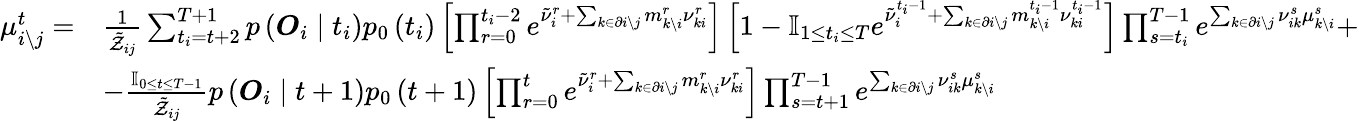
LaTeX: \begin{array}{rl}{\mu_{i\backslash j}^{t}=}&{\frac{1}{\tilde{\mathcal{Z}}_{ij}}\sum_{t_{i}=t+2}^{T+1}p\left(\boldsymbol{O}_{i}\mid t_{i}\right)p_{0}\left(t_{i}\right)\left[\prod_{r=0}^{t_{i}-2}e^{\tilde{\nu}_{i}^{r}+\sum_{k\in\partial i\setminus j}m_{k\setminus i}^{r}\nu_{ki}^{r}}\right]\left[1-\mathbb{I}_{1\leq t_{i}\leq T}e^{\tilde{\nu}_{i}^{t_{i}-1}+\sum_{k\in\partial i\setminus j}m_{k\setminus i}^{t_{i}-1}\nu_{ki}^{t_{i}-1}}\right]\prod_{s=t_{i}}^{T-1}e^{\sum_{k\in\partial i\setminus j}\nu_{ik}^{s}\mu_{k\setminus i}^{s}}+}\\ &{-\frac{\mathbb{I}_{0\leq t\leq T-1}}{\tilde{\mathcal{Z}}_{ij}}p\left(\boldsymbol{O}_{i}\mid t+1\right)p_{0}\left(t+1\right)\left[\prod_{r=0}^{t}e^{\tilde{\nu}_{i}^{r}+\sum_{k\in\partial i\setminus j}m_{k\setminus i}^{r}\nu_{ki}^{r}}\right]\prod_{s=t+1}^{T-1}e^{\sum_{k\in\partial i\setminus j}\nu_{ik}^{s}\mu_{k\setminus i}^{s}}}\end{array}